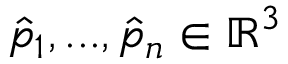
\boldsymbol { \hat { p } _ { 1 } } , . . . , \boldsymbol { \hat { p } _ { n } } \in \mathbb { R } ^ { 3 }